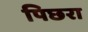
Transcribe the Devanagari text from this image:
पिछरा